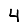
Digit: 4